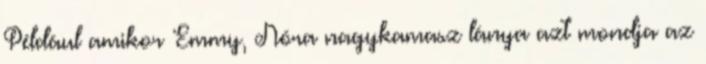
Például amikor Emmy, Nóra nagykamasz lánya azt mondja az